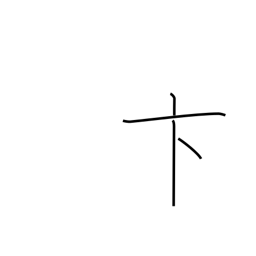
Meaning: hasty